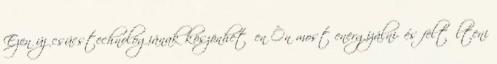
Ezen új csúcstechnológiának köszönhetően Ön most energizálni- és feltőlteni